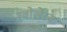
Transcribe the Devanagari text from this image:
स्वोलेंस्क